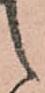
之